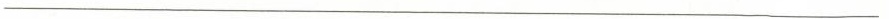
___